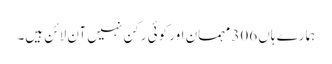
ہمارے ہاں 306 مہمان اور کوئی رکن نہیں آن لائن ہیں۔